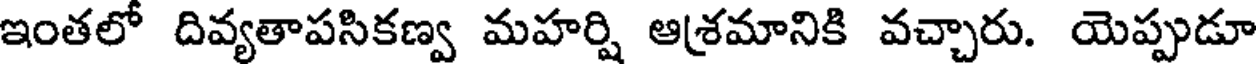
ఇంతలో దివ్యతాపసికణ్వ మహర్షి ఆశ్రమానికి వచ్చారు. యెప్పుడూ